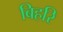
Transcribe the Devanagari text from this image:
बिहरि